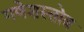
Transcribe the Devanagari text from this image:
गणेशस्तोत्र